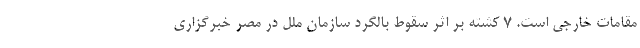
مقامات خارجی است. 7 کشته بر اثر سقوط بالگرد سازمان ملل در مصر خبرگزاری